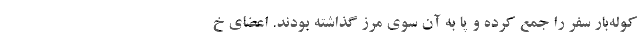
کوله‌بار سفر را جمع کرده و پا به آن سوی مرز گذاشته بودند. اعضای خ